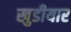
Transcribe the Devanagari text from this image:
खुडीयार